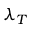
\lambda _ { T }